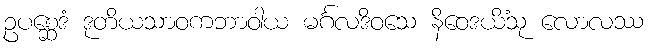
ဥပစ္ဆေဒံ ဒုတိယသာဝကဘာဝါယ မင်္ဂလဒိဝသေ နိဝေဒယိံသု လောလဿ